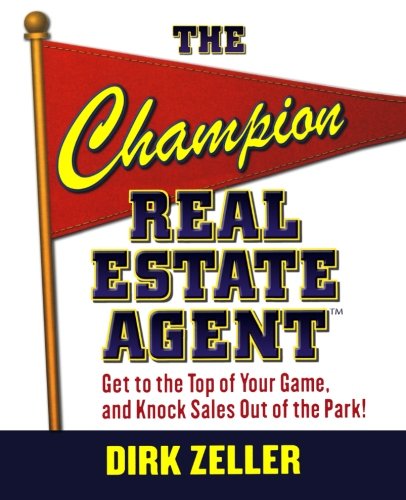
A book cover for The Champion Real Estate Agent: Get to the Top of Your Game and Knock Sales Out of the Park; Dirk Zeller; Business & Money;